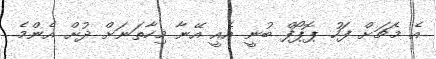
އެ މެޗަށް ފަހު ޕޮޕޯފް ބުނީ އެއީ އޭނާ މިހާތަނަށް ދުށް އެންމެ